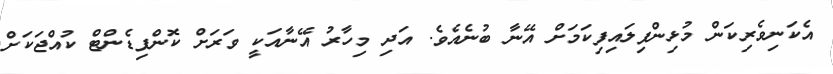
އެކަނިވެރިކަން މުޅިންްފިލައިފިކަމަށް އޭނާ ބުނެއެވެ. އަދި މިހާރު އޭނާއަކީ ވަރަށް ކޮންފިޑެންޓް ކުއްޖަކަށް